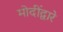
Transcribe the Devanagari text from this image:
मोदींद्वारे